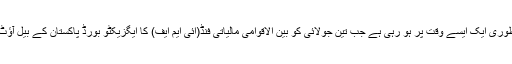
دوسری جانب بجٹ کی منظوری ایک ایسے وقت پر ہو رہی ہے جب تین جولائی کو بین الاقوامی مالیاتی فنڈ(آئی ایم ایف) کا ایگزیکٹو بورڈ پاکستان کے بیل آؤٹ پیکج کی منظوری دے گا۔